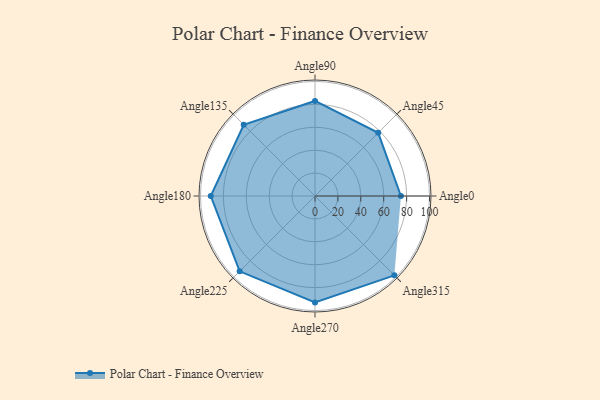
{"axis": {"x": "Angle", "y": "Radius"}, "legend": [""], "data": [{"x": "Angle0", "y": 75.0, "type": ""}, {"x": "Angle45", "y": 78.0, "type": ""}, {"x": "Angle90", "y": 83.0, "type": ""}, {"x": "Angle135", "y": 88.0, "type": ""}, {"x": "Angle180", "y": 91.0, "type": ""}, {"x": "Angle225", "y": 93.0, "type": ""}, {"x": "Angle270", "y": 93.0, "type": ""}, {"x": "Angle315", "y": 98.0, "type": ""}]}